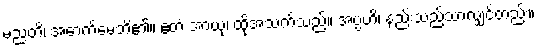
မညတိ၊ အောက်မေ့ဘိ၏။ ဧတံ အာယု၊ ထိုအသက်သည်။ အပ္ပံဟိ၊ နည်းသည်သာလျှင်တည်း။